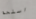
اسلحة